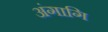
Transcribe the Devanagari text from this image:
अंगागि